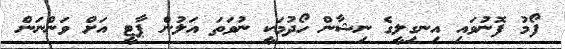
ފޯމު ފޮނުވައި އިނގިލީގެ ނިޝާން ހޯދުމަކީ ނުވަތަ އަލުން ޕާޓީ އަށް ވަންނަން